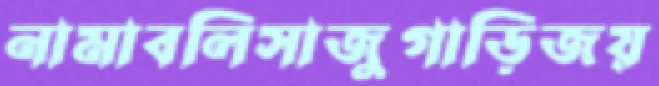
নামাবলিসাজুগাড়িজয়